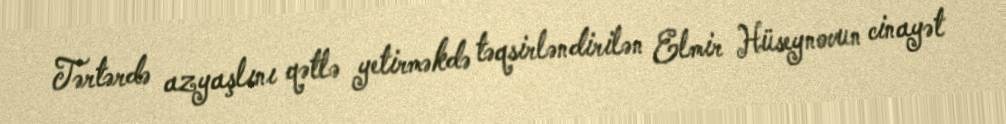
Tərtərdə azyaşlını qətlə yetirməkdə təqsirləndirilən Elmir Hüseynovun cinayət